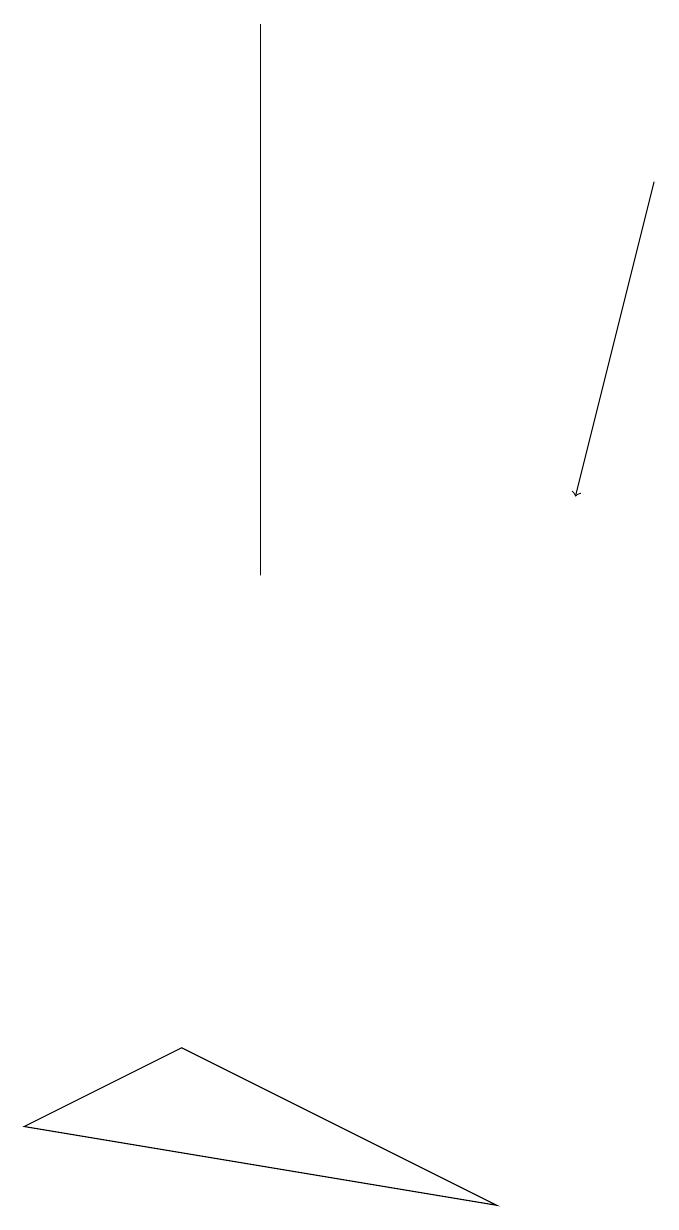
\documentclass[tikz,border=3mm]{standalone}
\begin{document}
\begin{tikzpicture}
\draw (0,5) -- (2,6) -- (6,4) -- cycle;
\draw[->] (8,17) -- (7,13);
\draw (3,12) rectangle (3,19);
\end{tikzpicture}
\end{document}